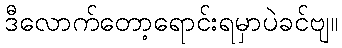
ဒီလောက်တော့ရောင်းရမှာပဲခင်ဗျ။